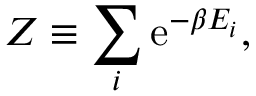
Z \equiv \sum _ { i } \mathrm { e } ^ { - \beta E _ { i } } ,